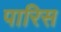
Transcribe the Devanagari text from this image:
पारिस